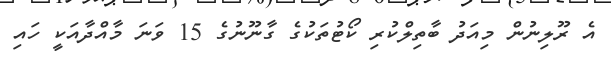
އެ ރޫލިނުން މިއަދު ބާތިލްކުރި ކޯޓުތަކުގެ ގާނޫނުގެ 15 ވަނަ މާއްދާއަކީ ހައި